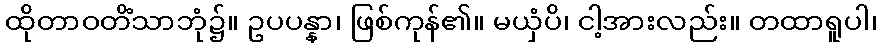
ထိုတာဝတိံသာဘုံ၌။ ဥပပန္နာ၊ ဖြစ်ကုန်၏။ မယှံပိ၊ ငါ့အားလည်း။ တထာရူပါ၊